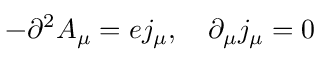
- \partial ^ { 2 } A _ { \mu } = e j _ { \mu } , \quad \partial _ { \mu } j _ { \mu } = 0